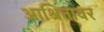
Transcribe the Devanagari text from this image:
आश्रितावर